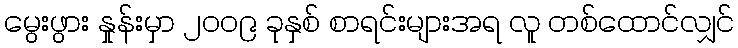
မွေးဖွား နှုန်းမှာ ၂၀၀၉ ခုနှစ် စာရင်းများအရ လူ တစ်ထောင်လျှင်